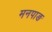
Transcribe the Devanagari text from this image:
मनपाङ